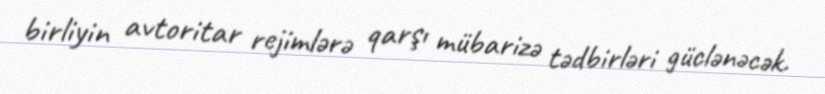
birliyin avtoritar rejimlərə qarşı mübarizə tədbirləri güclənəcək.